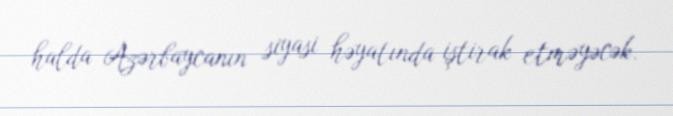
halda Azərbaycanın siyasi həyatında iştirak etməyəcək.